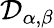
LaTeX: \mathcal{D}_{\alpha,\beta}